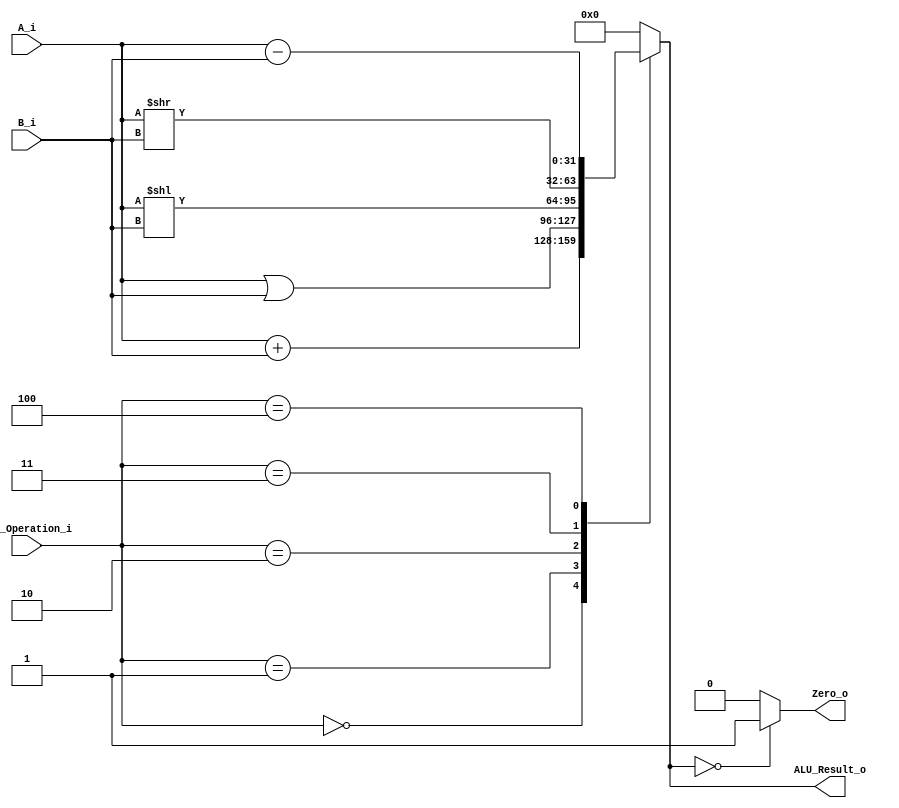
/******************************************************************
* Description
*	This is an 32-bit arithetic logic unit that can execute the next set of operations:
*		add

* This ALU is written by using behavioral description.
* Version:
*	1.0
* Author:
*	Dr. Jos Luis Pizano Escalante
* email:
*	luispizano@iteso.mx
* Date:
*	16/08/2021
******************************************************************/

module ALU 
(
	input [3:0] ALU_Operation_i,
	input signed [31:0] A_i,
	input signed [31:0] B_i,
	output reg Zero_o,
	output reg [31:0] ALU_Result_o
);

localparam ADD = 4'b0000;
localparam OR  = 4'b0001;
localparam SLLI= 4'b0010;
localparam SRLI= 4'b0011;
localparam SUB = 4'b0100;
	
   always @ (A_i or B_i or ALU_Operation_i)
     begin
		case (ALU_Operation_i)
		ADD: //add
			ALU_Result_o = A_i + B_i;
		OR:	//or
			ALU_Result_o = A_i | B_i;
		SLLI: //slli
			ALU_Result_o = A_i << B_i;
		SRLI: //srli
			ALU_Result_o = A_i >> B_i;
		SUB:	//sub
			ALU_Result_o = A_i - B_i;
		default:
			ALU_Result_o = 0;
		endcase // case(control)
		
		Zero_o = (ALU_Result_o == 0) ? 1'b1 : 1'b0;
		
     end // always @ (A or B or control)
endmodule // ALU